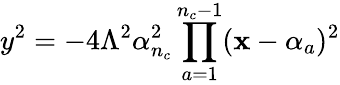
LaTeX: y^{2}=-4\Lambda^{2}\alpha_{n_{c}}^{2}\prod_{a=1}^{n_{c}-1}(\mathbf{x}-\alpha_{a})^{2}